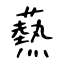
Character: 爇